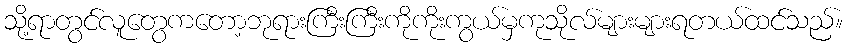
သို့ရာတွင်လူတွေကတော့ဘုရားကြီးကြီးကိုကိုးကွယ်မှကုသိုလ်များများရတယ်ထင်သည်။